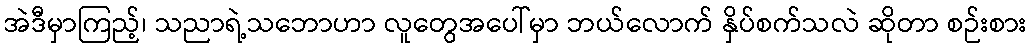
အဲဒီမှာကြည့်၊ သညာရဲ့သဘောဟာ လူတွေအပေါ်မှာ ဘယ်လောက် နှိပ်စက်သလဲ ဆိုတာ စဉ်းစား